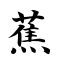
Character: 蕉